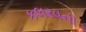
કલરવની